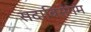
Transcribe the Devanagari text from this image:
सदाबिसेगम